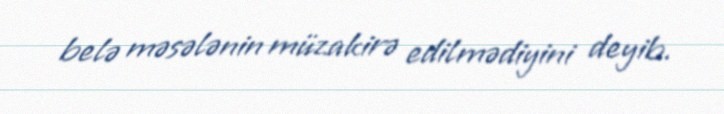
belə məsələnin müzakirə edilmədiyini deyib.